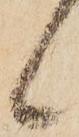
候